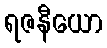
ရဇနီယော